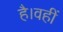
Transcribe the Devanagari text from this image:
है।वहीं